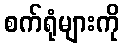
စက်ရုံများကို